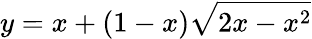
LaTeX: y=x+(1-x)\sqrt{2x-x^{2}}